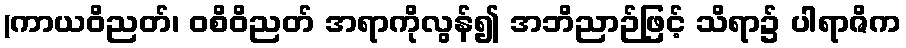
(ကာယဝိညတ်၊ ဝစိဝိညတ် အရာကိုလွန်၍ အဘိညာဉ်ဖြင့် သိရာ၌ ပါရာဇိက